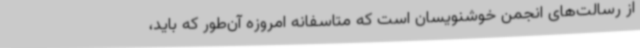
از رسالت‌های انجمن خوشنویسان است که متاسفانه امروزه آن‌طور که باید،